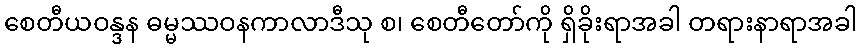
စေတီယဝန္ဒန ဓမ္မဿဝနကာလာဒီသု စ၊ စေတီတော်ကို ရှိခိုးရာအခါ တရားနာရာအခါ